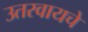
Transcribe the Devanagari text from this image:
उतरवायचे